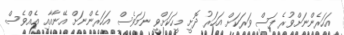
އަހަރެންނަށްވުރެ ފަސް ވަރަކަށް އަހަރު ދޮށީ މީހަކަށްވީ ނަމަވެސް އަހަރެންނަށް އޭނާއާއި އެއްވެސް